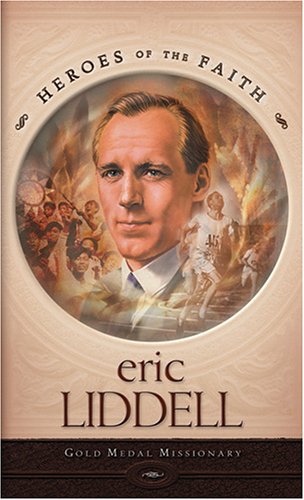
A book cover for Eric Liddell: Gold Medal Missionary (Heroes of the Faith (Barbour Paperback)); Ellen Caughey; Teen & Young Adult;